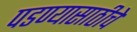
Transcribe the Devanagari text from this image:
पडण्यासाठीचे